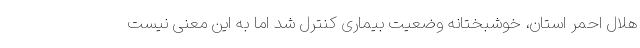
هلال احمر استان، خوشبختانه وضعیت بیماری کنترل شد اما به این معنی نیست